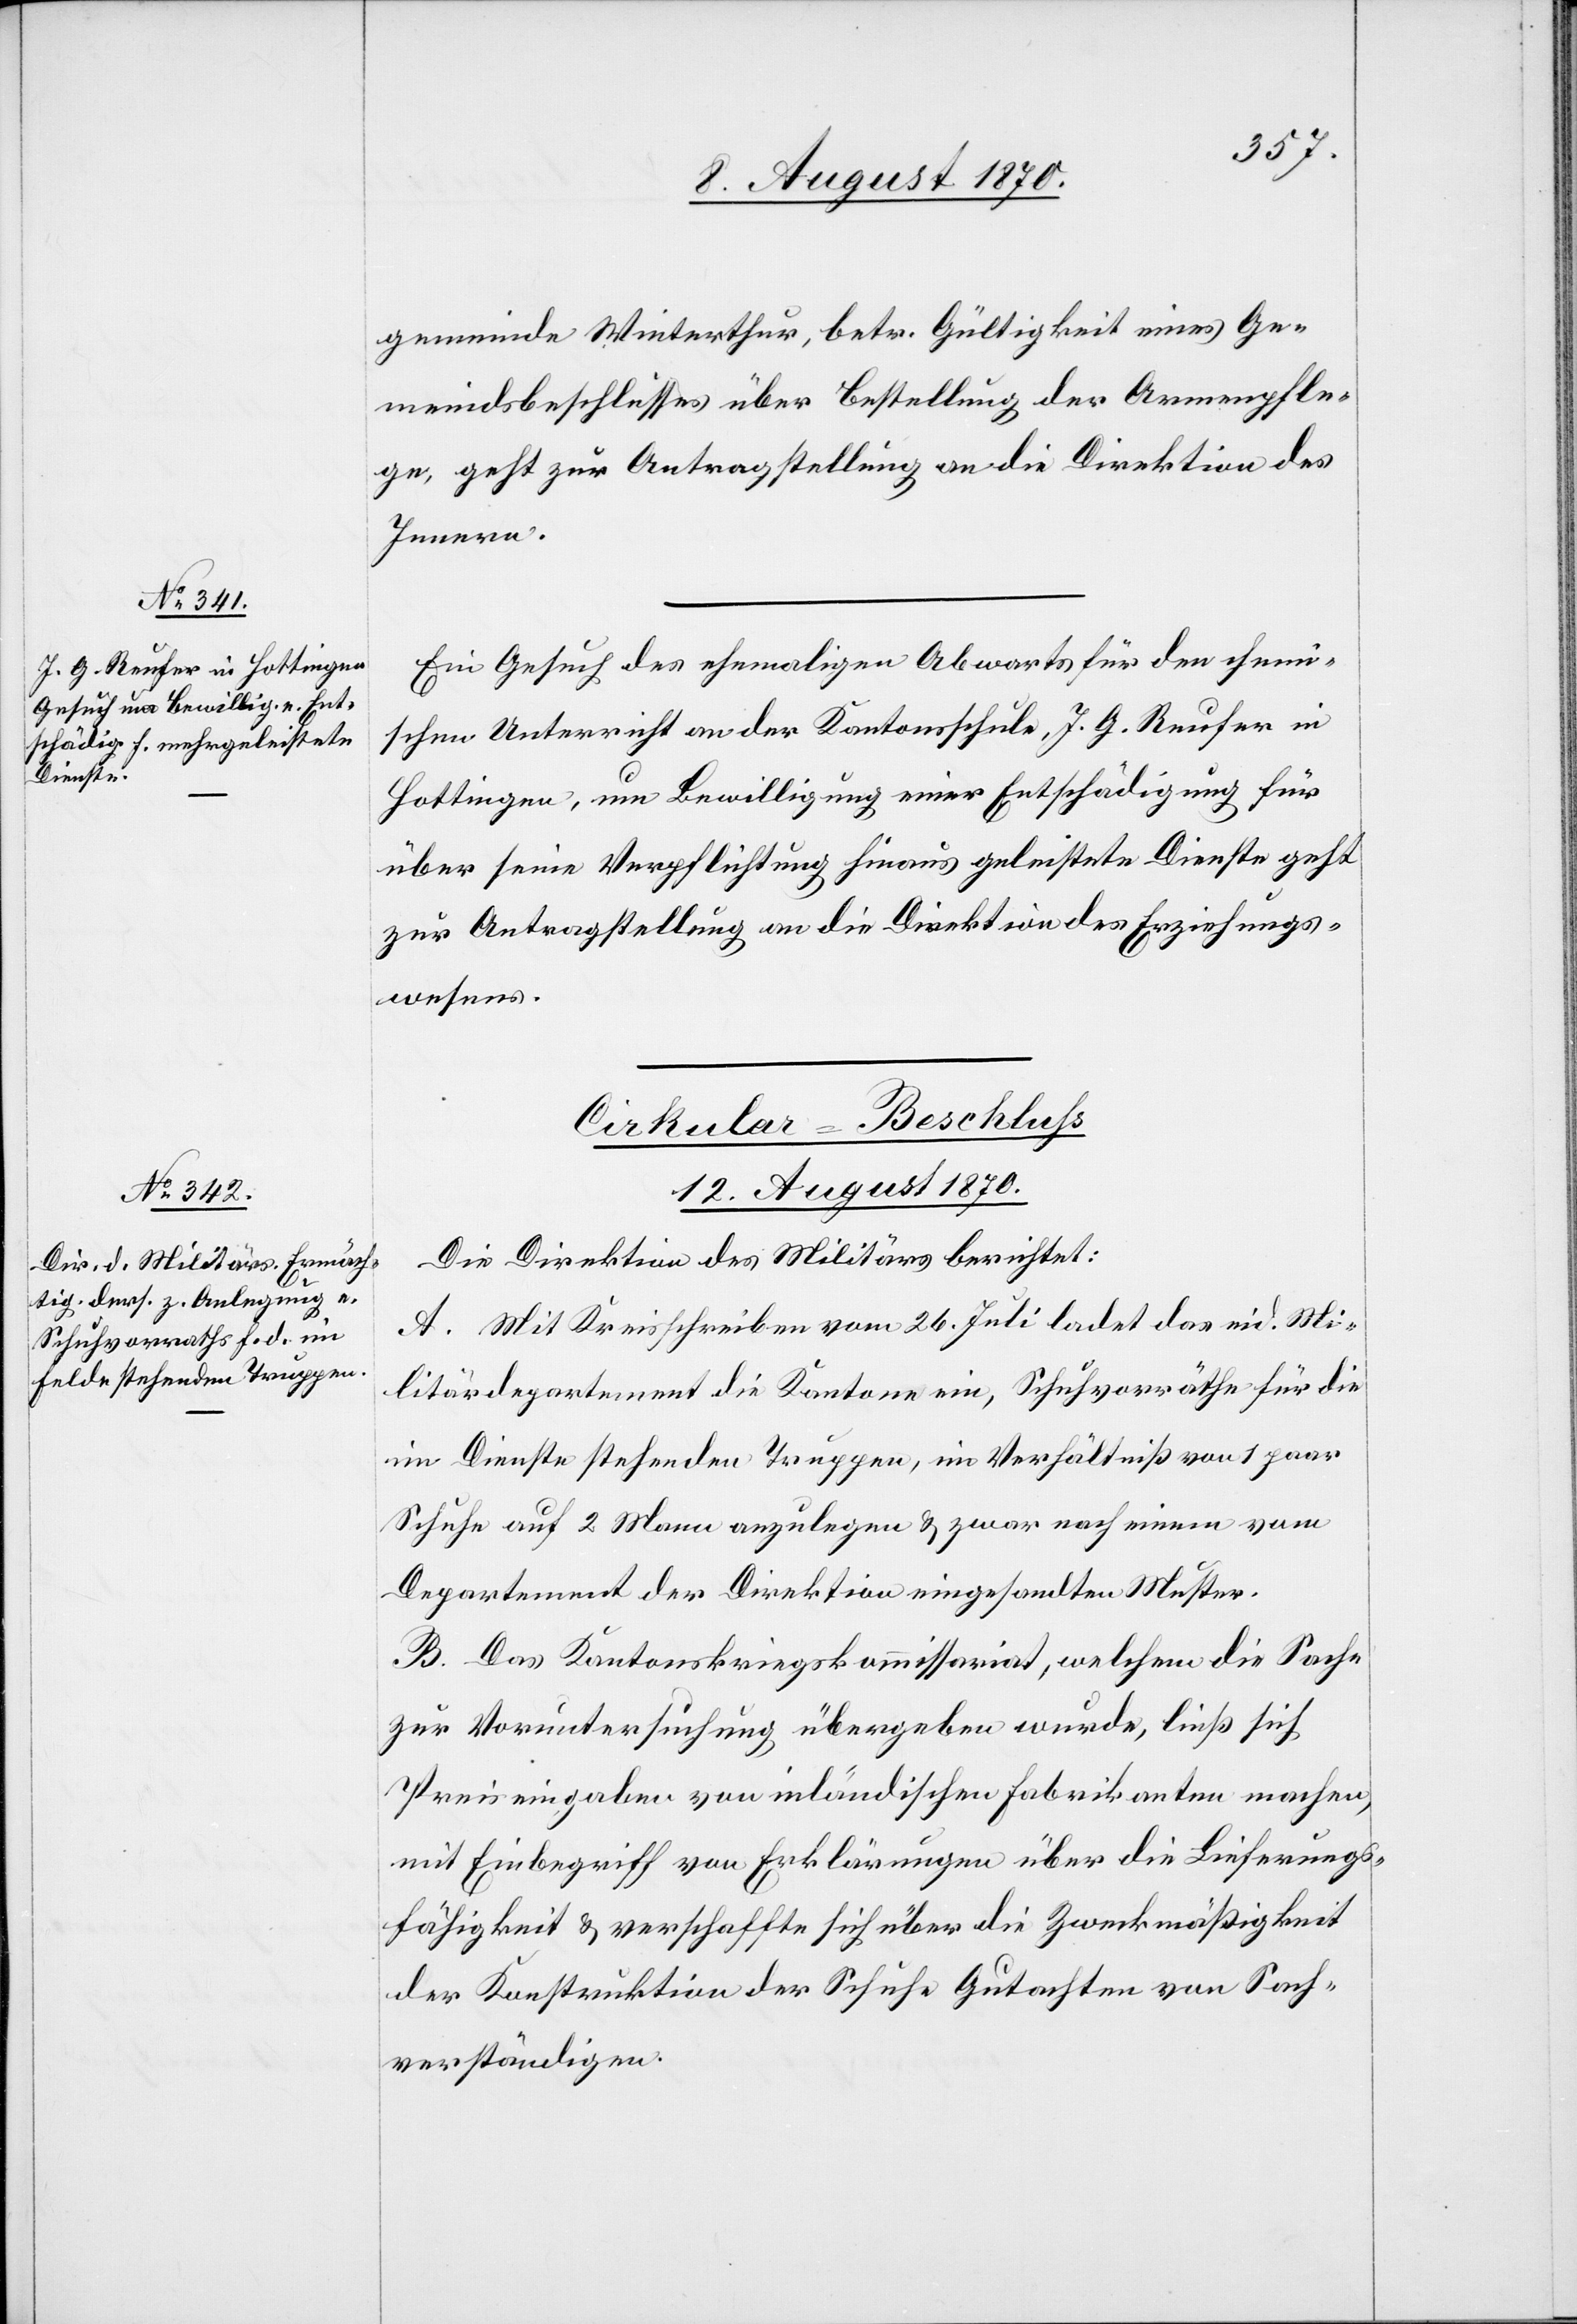
gemeinde Winterthur, betr. Gültigkeit eines Ge¬
meindsbeschlusses über Bestellung der Armenpfle¬
ge, geht zur Antragstellung an die Direktion des
Innern.
Ein Gesuch des ehemaligen Abwarts für den chemi¬
schen Unterricht an der Kantonsschule, J. G. Reufer in
Hottingen, um Bewilligung einer Entschädigung für
über seine Verpflichtung hinaus geleistete Dienste geht
zur Antragstellung an die Direktion des Erziehungs¬
wesens.
Cirkular-Beschluss
12. August 1870.
Die Direktion des Militärs berichtet:
A. Mit Kreisschreiben vom 26. Juli ladet das eid. Mi¬
litärdirektion die Kantone ein, Schuhvorräthe für die
im Dienste stehenden Truppen, im Verhältniß vom 1 paar
Schuhe auf 2 Mann anzulegen & zwar nach einem vom
Departement der Direktion eingesandten Muster.
B. Das Kantonskriegskommissariat, welchem die Sache
zur Voruntersuchung übergeben wurde, ließ sich
Preiseingaben von inländischen Fabrikanten machen,
mit Einbegriff von Erklärungen über die Lieferungs¬
fähigkeit & verschaffte sich über die Zweckmäßigkeit
der Konstruktion der Schuhe Gutachten von Sach¬
verständigen.